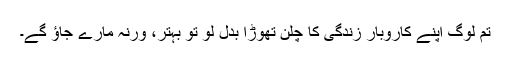
تم لوگ اپنے کاروبارِ زندگی کا چلن تھوڑا بدل لو تو بہتر، ورنہ مارے جاؤ گے۔